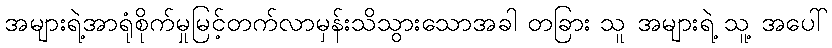
အများရဲ့အာရုံစိုက်မှုမြင့်တက်လာမှန်းသိသွားသောအခါ တခြား သူ အများရဲ့ သူ့ အပေါ်